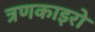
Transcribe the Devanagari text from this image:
त्रणकाइरो